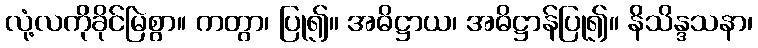
လုံ့လကိုခိုင်မြဲစွာ။ ကတွာ၊ ပြု၍။ အဓိဋ္ဌာယ၊ အဓိဋ္ဌာန်ပြု၍။ နိသိန္ဒသနာ၊